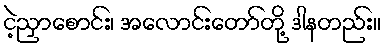
ငဲ့ညှာစောင်း၊ အလောင်းတော်တို့ ဒါနတည်း။